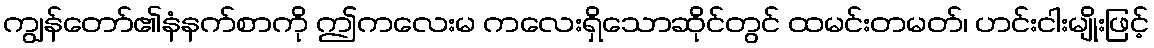
ကျွန်တော်၏နံနက်စာကို ဤကလေးမ ကလေးရှိသောဆိုင်တွင် ထမင်းတမတ်၊ ဟင်းငါးမျိုးဖြင့်